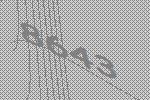
8643